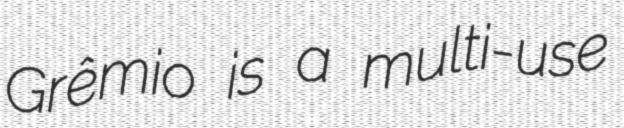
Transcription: Grêmio is a multi-use